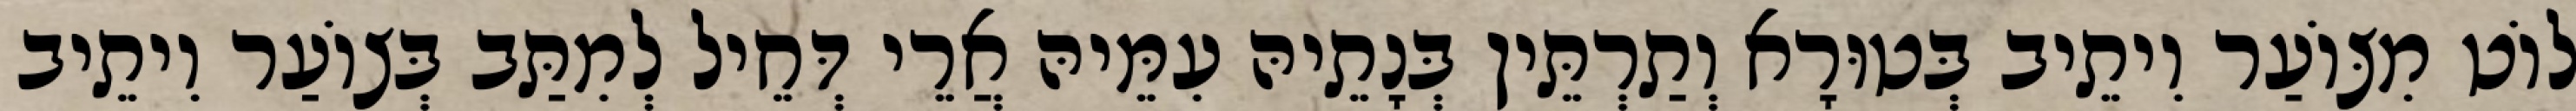
לוֹט מִצּוֹעַר וִיתֵיב בְּטוּרָא וְתַרְתֵּין בְּנָתֵיהּ עִמֵּיהּ אֲרֵי דְּחֵיל לְמִתַּב בְּצוֹעַר וִיתֵיב